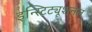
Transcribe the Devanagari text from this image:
इन्स्टिट्यूशनल